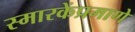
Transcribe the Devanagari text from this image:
स्मारकेंप्रमाणे